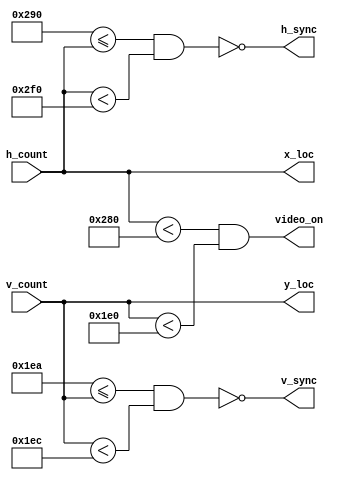
`timescale 1ns / 1ps
module vga_sync(
    input [9:0] h_count, v_count,
    output h_sync, v_sync, video_on,// video_on tells us operating region
    output [9:0] x_loc, y_loc); //(x,y) coordinate in frame
    //HORIZONTAL COUNTER
    localparam HD = 640 ;  //Horizontal Display area
    localparam HF = 16 ;   //Horizontal Front Porch
    localparam HB = 48 ;   //Horizontal Back Porch
    localparam HR = 96 ;   //Horizontal Retrace
    localparam HMAX = HD+HF+HB+HR-1; //max value of horizontal counter = 799
    // VERTICAL COUNTER
    localparam VD = 480 ;  //Vertical Display area
    localparam VF = 10 ;   //Vertical Front Porch
    localparam VB = 33 ;   //Vertical Back Porch
    localparam VR = 2 ;    //Vertical Retrace    
    localparam VMAX = VD+VF+VB+VR-1; // max value of vertical counter = 524  
    // Counter wire for Output 
    wire v_sync_reg, h_sync_reg; 
    assign h_sync_reg = ((HD + HF) <= h_count) && (h_count < (HD + HF + HR)); // Asserted from 656 to 751.
    assign v_sync_reg = ((VD + VF) <= v_count) && (v_count < (VD + VF + VR)); // Asserted from 490 to 491. 
    // Video ON/OFF - only ON while pixel counts are within the display area
    assign video_on = ((h_count < HD) && (v_count < VD)); // 0-639 and 0-479 respectively
    // Outputs
    assign h_sync  = ~h_sync_reg;
    assign v_sync  = ~v_sync_reg;
    assign x_loc  = h_count;
    assign y_loc  = v_count;
endmodule